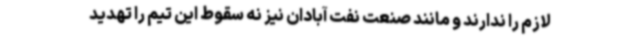
لازم را ندارند و مانند صنعت نفت آبادان نیز نه سقوط این تیم را تهدید